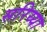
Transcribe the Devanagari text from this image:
सरिय्या